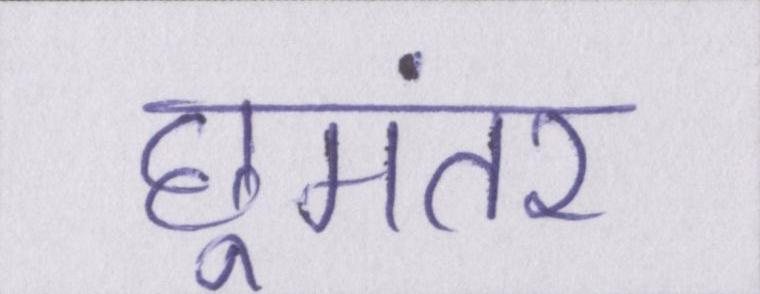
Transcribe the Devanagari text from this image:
छूमंतर